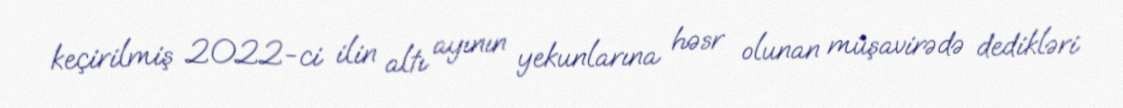
keçirilmiş 2022-ci ilin altı ayının yekunlarına həsr olunan müşavirədə dedikləri